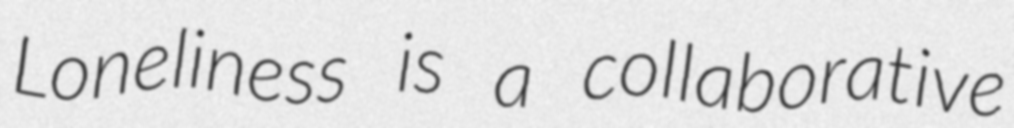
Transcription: Loneliness is a collaborative